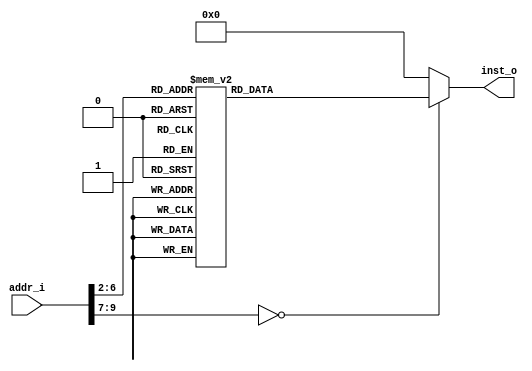
module InstMem (
    input wire [31:0] addr_i,
    output reg [31:0] inst_o
);
	always @(*)
		case (addr_i[9:2])
            8'd0:   inst_o <= 32'b00100000000001000000000000000101;
            8'd1:   inst_o <= 32'b00000000000000000001000000100110;
            8'd2:   inst_o <= 32'b00001100000000000000000000000100;
            8'd3:   inst_o <= 32'b00010000000000001111111111111111;
            8'd4:   inst_o <= 32'b00100011101111011111111111111000;
            8'd5:   inst_o <= 32'b10101111101111110000000000000100;
            8'd6:   inst_o <= 32'b10101111101001000000000000000000;
            8'd7:   inst_o <= 32'b00101000100010000000000000000001;
            8'd8:   inst_o <= 32'b00010001000000000000000000000010;
            8'd9:   inst_o <= 32'b00100011101111010000000000001000;
            8'd10:   inst_o <= 32'b00000011111000000000000000001000;
            8'd11:   inst_o <= 32'b00000000100000100001000000100000;
            8'd12:   inst_o <= 32'b00100000100001001111111111111111;
            8'd13:   inst_o <= 32'b00001100000000000000000000000100;
            8'd14:   inst_o <= 32'b10001111101001000000000000000000;
            8'd15:   inst_o <= 32'b10001111101111110000000000000100;
            8'd16:   inst_o <= 32'b00100011101111010000000000001000;
            8'd17:   inst_o <= 32'b00000000100000100001000000100000;
            8'd18:   inst_o <= 32'b00000011111000000000000000001000;
			default: inst_o <= 32'h00000000;
		endcase
		
endmodule